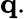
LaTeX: \mathbf{q}.